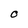
Character: O